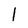
Character: 1